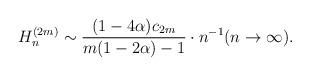
LaTeX: \begin{align*}H^{(2m)}_n\sim \frac{(1-4\alpha)c_{2m} }{m(1-2\alpha)-1} \cdot n^{-1}(n \to \infty).\end{align*}